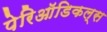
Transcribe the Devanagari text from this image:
पेरिऑडिकल्स